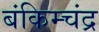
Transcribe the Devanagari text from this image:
बंकिम्चंद्र